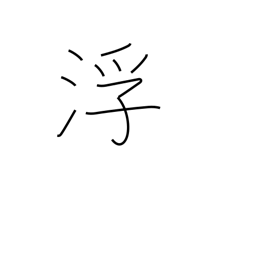
Meaning: rise to surface